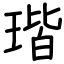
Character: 瑎